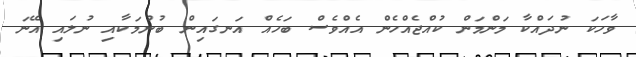
ވާހަކަ ނުދައްކާ މަންމަން ކުއްޖެއްހެން އެއްވެސް ބަހެއް އަނގައިން ބުނުމަކާއި ނުލައި އޭނަ